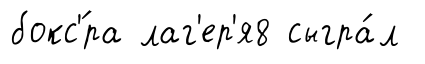
бокс'́ра лаг'ер'я8 сыгра́л